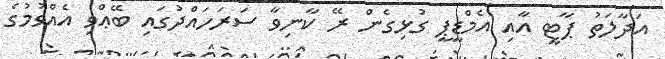
އަދާލަތު ޕާޓީ އާއި އެމްޑީޕީ ގުޅިގެން ރޭ ކާނިވާ ސަރަހައްދުގައި ބޭޢްވި އެއްވުމުގެ